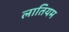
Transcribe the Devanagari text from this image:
लातियम